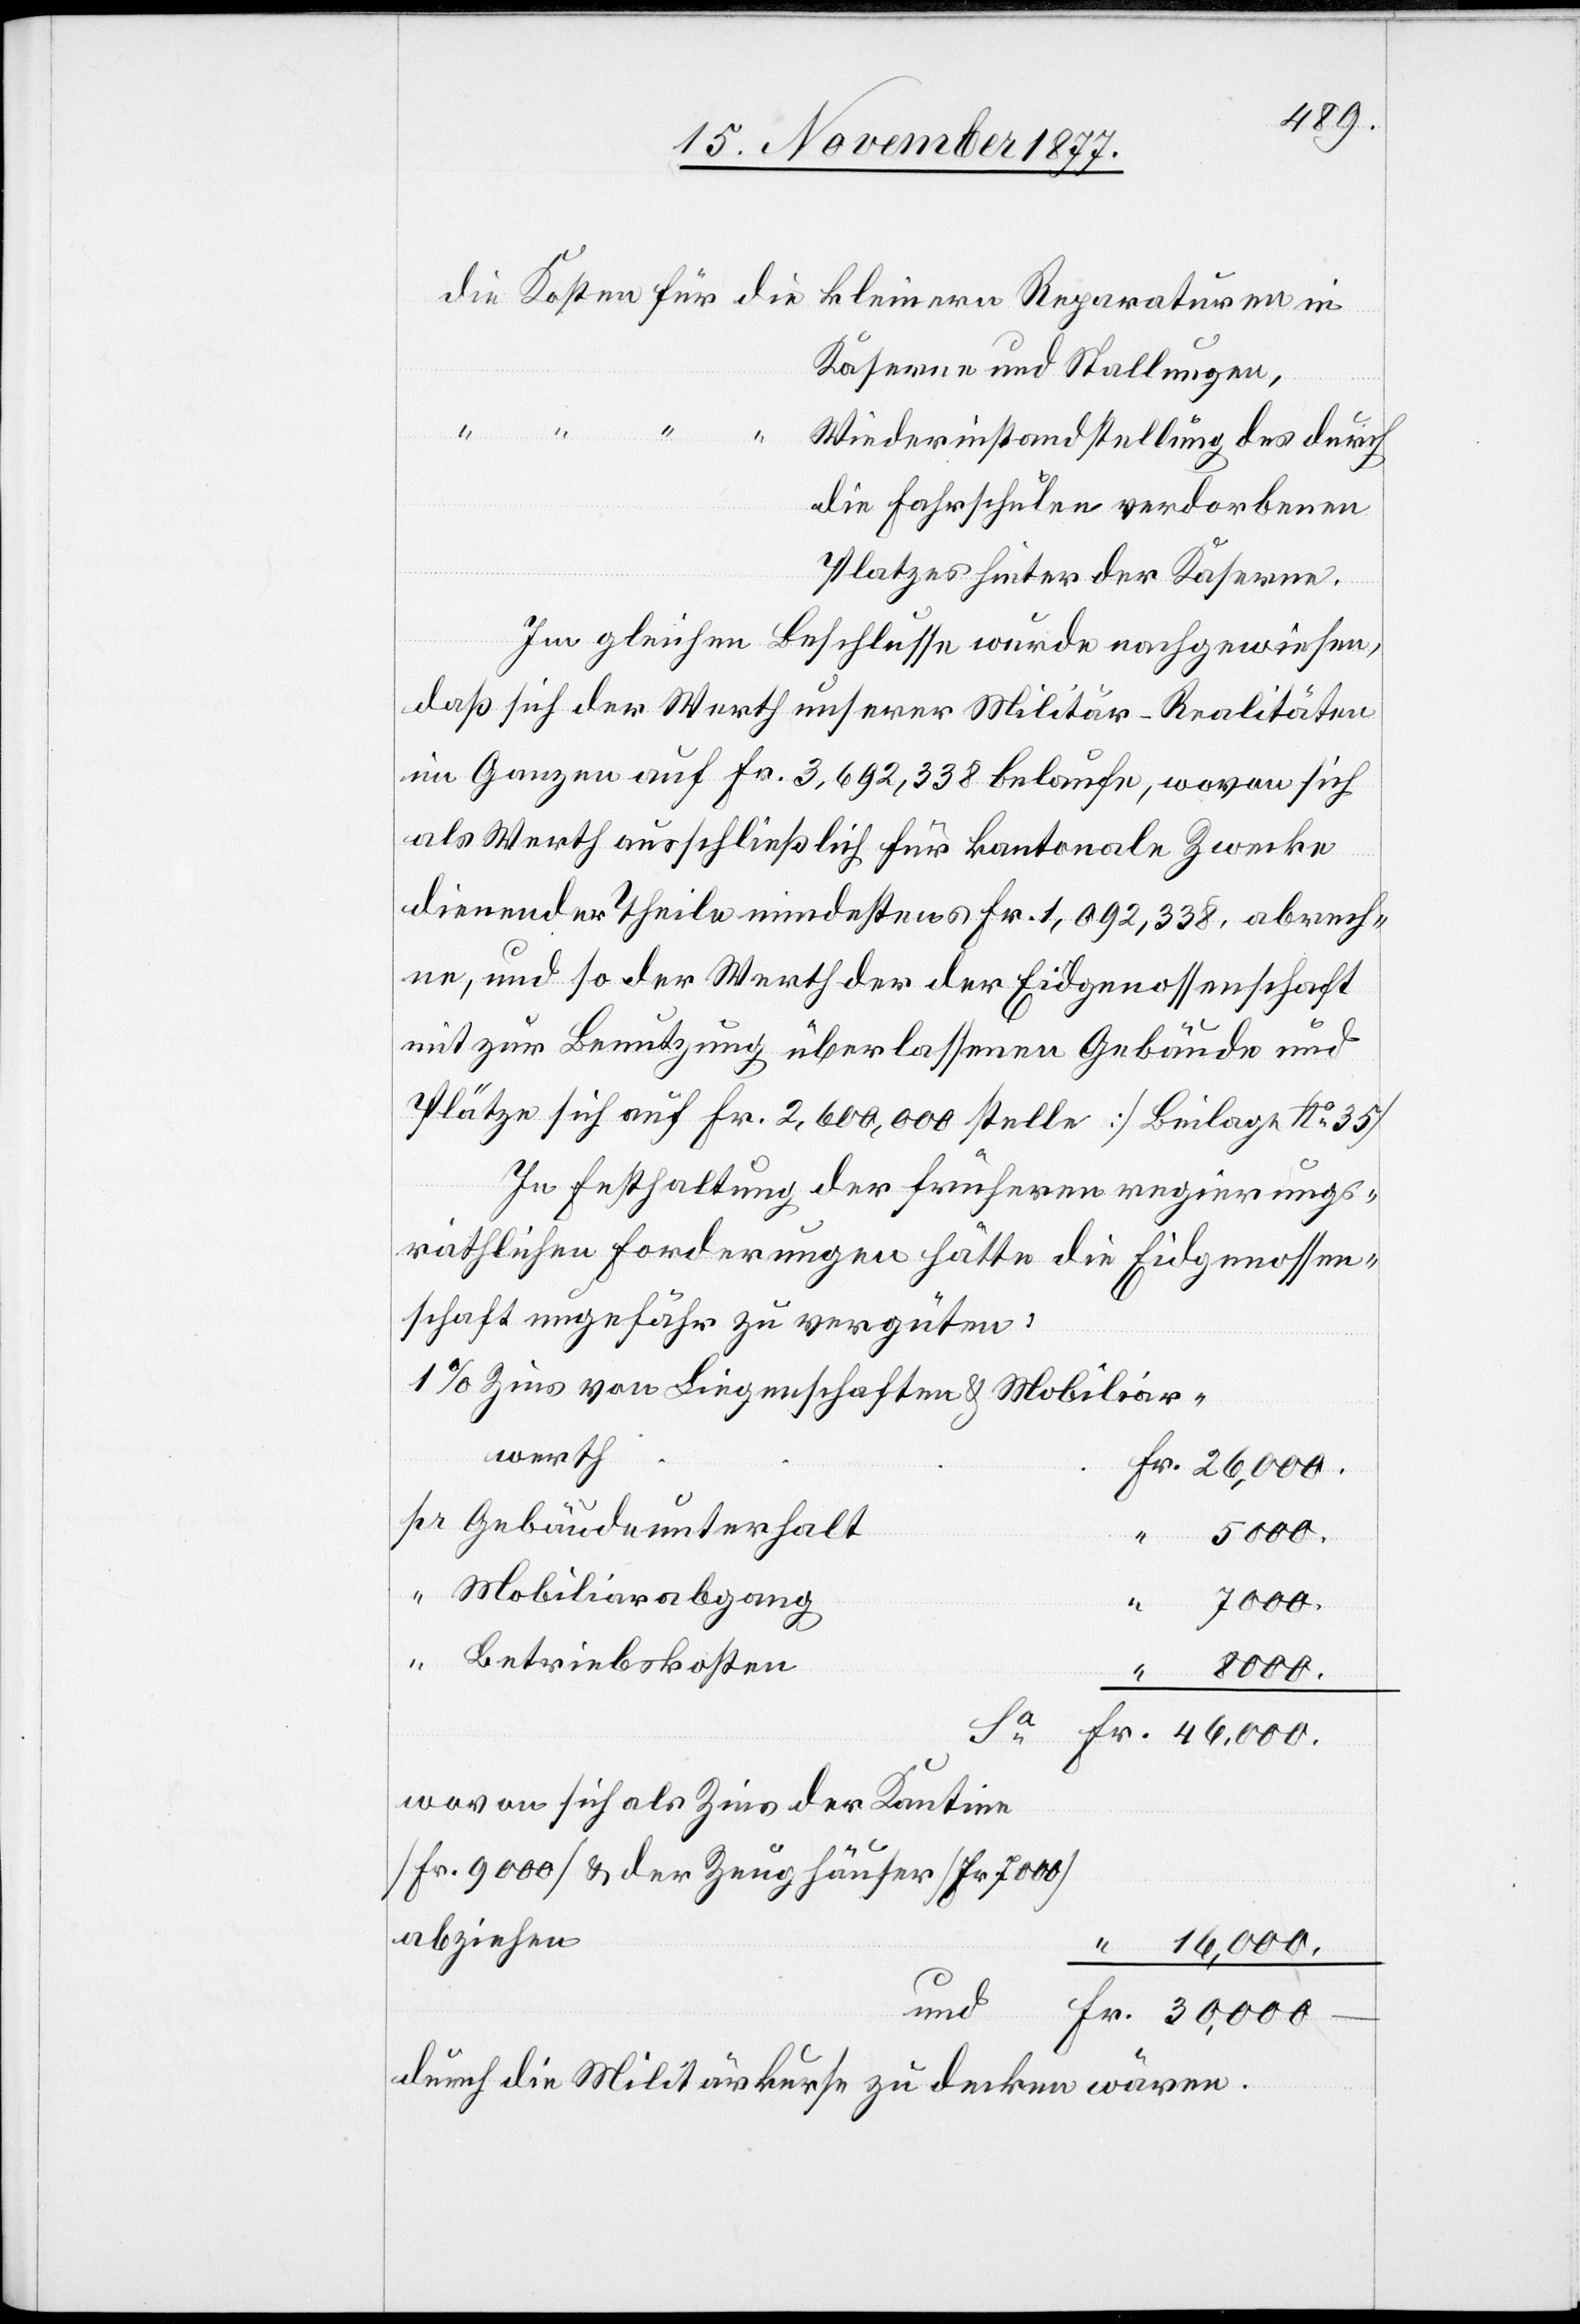
kleinern Reparaturen in
Kaserne und Stallungen,
“
Wiederinstandstellung des durch
die Fahrschulen verdorbenen
Platzes hinter der Kaserne.
Sa
Im gleichen Beschlusse wurde nachgewiesen,
daß sich der Werth unserer Militär-Realitäten
im Ganzen auf Fr. 3,692,338 belaufe, wovon sich
als Werth ausschließlich für kantonale Zwecke
dienender Theile mindestens Fr. 1,092,338, abrech¬
ne, und so der Werth der der Eidgenossenschaft
mit zur Benutzung überlassenen Gebäude und
Plätze sich auf Fr. 2,600,000 stelle [Beilage No 35]
In Festhaltung der früheren regierungs¬
räthlichen Forderungen hätte die Eidgenossen¬
schaft ungefähr zu vergüten:
1% Zins von Liegenschaften & Mobiliar¬
werth
Fr. 46,000.
pr Gebäudeunterhalt
“ 5000.
“ Mobiliarabgang
7000.
“ Betriebskosten
8000.
wovon sich als Zins der Kantine
[Fr. 9000] & der Zeughäuser [Fr. 7000]
abziehen
16,000.
und
Fr. 30,000 –
durch die Militärkurse zu decken wären.